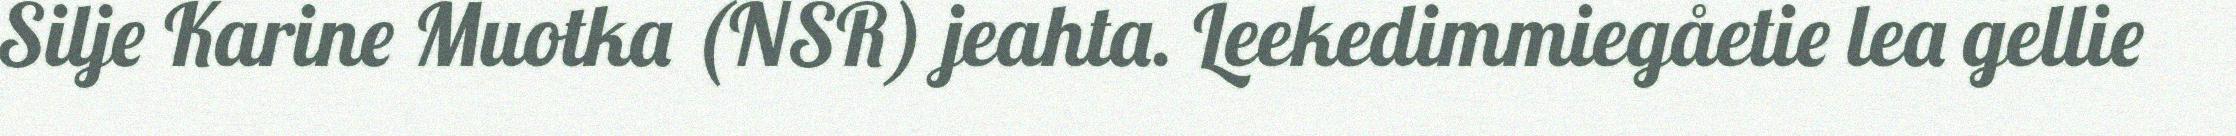
Silje Karine Muotka (NSR) jeahta. Leekedimmiegåetie lea gellie